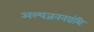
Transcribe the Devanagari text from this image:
अल्पजननग्रंथि